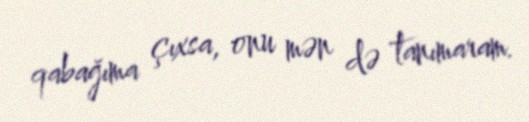
qabağıma çıxsa, onu mən də tanımaram.